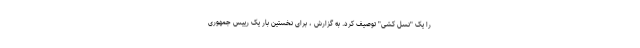
را یک "نسل کشی" توصیف کرد. به گزارش ، برای نخستین بار یک رییس جمهوری